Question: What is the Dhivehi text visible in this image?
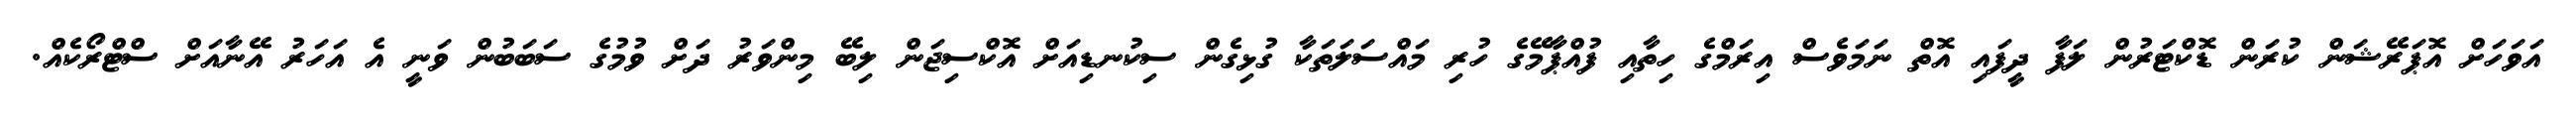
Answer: އަވަހަށް އޮޕަރޭޝަން ކުރަން ޑޮކްޓަރުން ލަފާ ދީފައި އޮތް ނަމަވެސް އިރަމްގެ ހިތާއި ފުއްޕާމޭގެ ހުރި މައްސަލަތަކާ ގުޅިގެން ސިކުނޑިއަށް އޮކްސިޖަން ލިބޭ މިންވަރު ދަށް ވުމުގެ ސަބަބުން ވަނީ އެ އަހަރު އޭނާއަށް ސްޓްރޯކެއް.